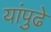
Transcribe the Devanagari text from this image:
यांपुढे